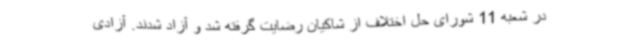
در شعبه 11 شورای حل اختلاف از شاکیان رضایت گرفته شد و آزاد شدند. آزادی